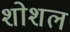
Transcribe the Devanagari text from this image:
शोशल